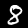
Digit: 8